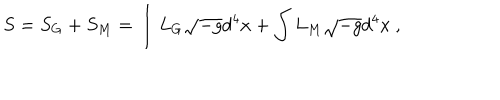
S = S _ { G } + S _ { M } = \int L _ { G } \sqrt { - g } d ^ { 4 } x + \int L _ { M } \sqrt { - g } d ^ { 4 } x \ ,